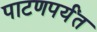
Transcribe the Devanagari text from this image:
पाटणपर्यंत